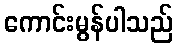
ကောင်းမွန်ပါသည်